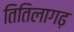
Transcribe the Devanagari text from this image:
तितिलागढ़